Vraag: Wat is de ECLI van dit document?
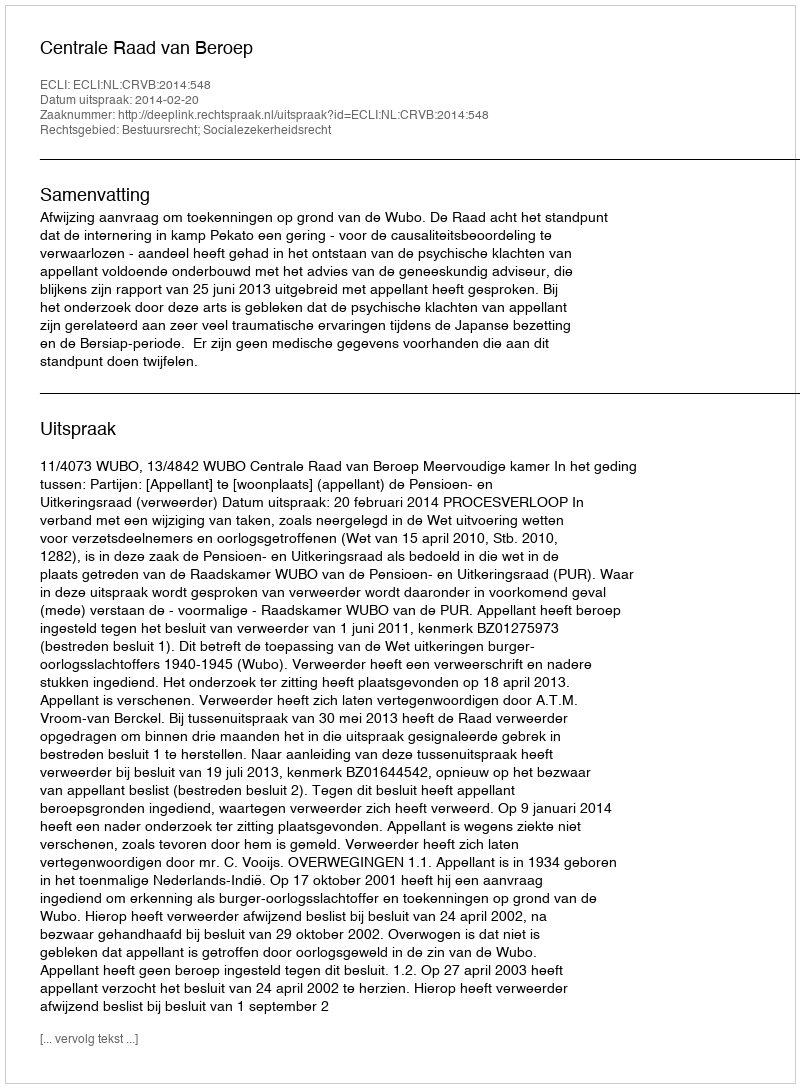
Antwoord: ECLI:NL:CRVB:2014:548